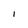
Character: l